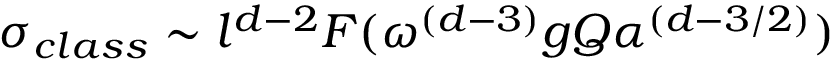
\sigma _ { c l a s s } \sim l ^ { d - 2 } F ( \omega ^ { ( d - 3 ) } g Q \alpha ^ { ( d - 3 / 2 ) } )